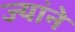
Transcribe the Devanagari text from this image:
ज्यांने